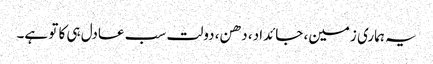
یہ ہماری زمین، جائداد، دھن، دولت سب عادل ہی کا تو ہے۔